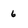
Character: 6